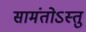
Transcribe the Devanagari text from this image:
सामंतोऽस्तु